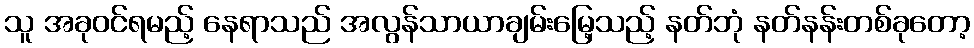
သူ အခုဝင်ရမည့် နေရာသည် အလွန်သာယာချမ်းမြေ့သည့် နတ်ဘုံ နတ်နန်းတစ်ခုတော့